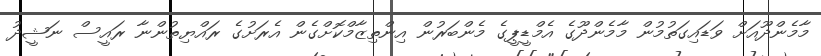
މާމެންދޫއަށް ވަޑައިގަތުމުން މާމެންދޫގެ އެމްޑީޕީގެ މެންބަރުން އިންތިޒާމްކޮށްގެން އެރަށުގެ ރައްޔިތުންނާ ރައީސް ނަޝީދު